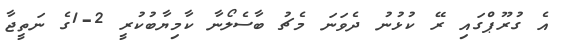
އެ ގުރޫޕްގައި ރޭ ކުޅުނު ދެވަނަ މެޗު ބާސެލޯނާ ކާމިޔާބުކުރީ 2-1ގެ ނަތީޖާ